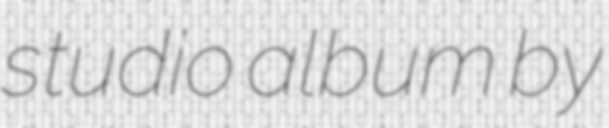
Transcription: studio album by